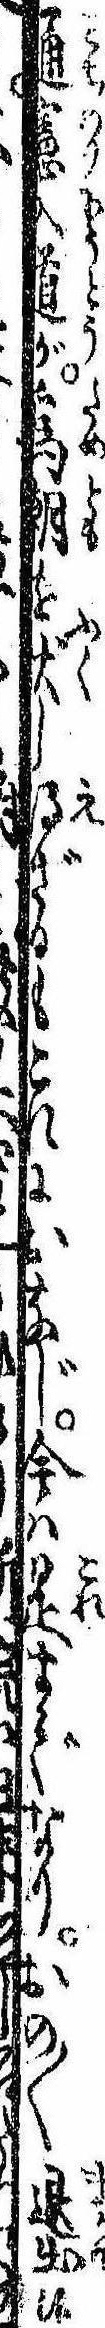
通憲入道が為朝を伏し得ざるもこれにおなじ今は是までなりおの〱退出候